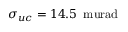
\sigma _ { u c } = 1 4 . 5 \, \mathrm { \ m u r a d }